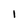
Character: 1